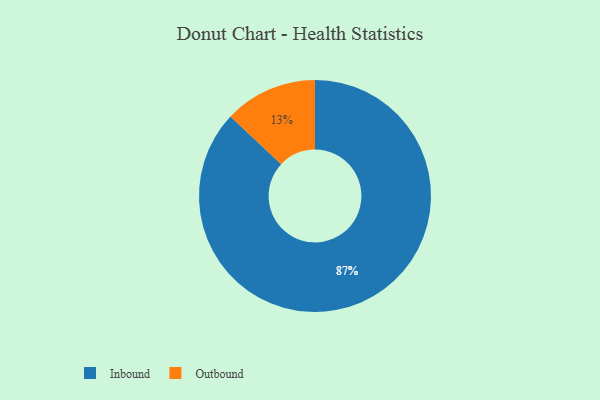
{"axis": {"x": "Category", "y": "Percentage"}, "legend": ["Inbound", "Outbound"], "data": [{"x": "Inbound", "y": 87, "type": "Inbound"}, {"x": "Outbound", "y": 13, "type": "Outbound"}]}